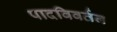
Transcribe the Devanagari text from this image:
पादविवर्तन